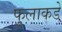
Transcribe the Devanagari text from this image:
फुलाकडे